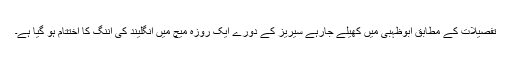
تفصیلات کے مطابق ابوظہبی میں کھیلے جارہے سیریز کے دورے ایک روزہ میچ میں انگلیند کی اننگ کا اختتام ہو گیا ہے۔